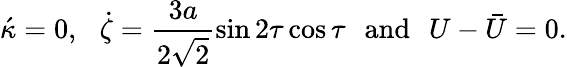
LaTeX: \acute{\kappa}=0,\, \, \, \, \dot{\zeta}=\frac{3a}{2\sqrt{2}}\sin 2\tau\cos\tau\, \, \, \, \mathrm{and}\, \, \, \, U-\bar{U}=0.